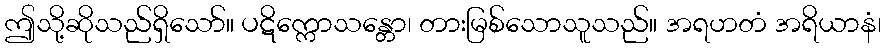
ဤသို့ဆိုသည်ရှိသော်။ ပဋိက္ကောသန္တော၊ တားမြစ်သောသူသည်။ အရဟတံ အရိယာနံ၊